Leaving Certificate Examination (including Day School Certificate (Higher) General paper), 1932
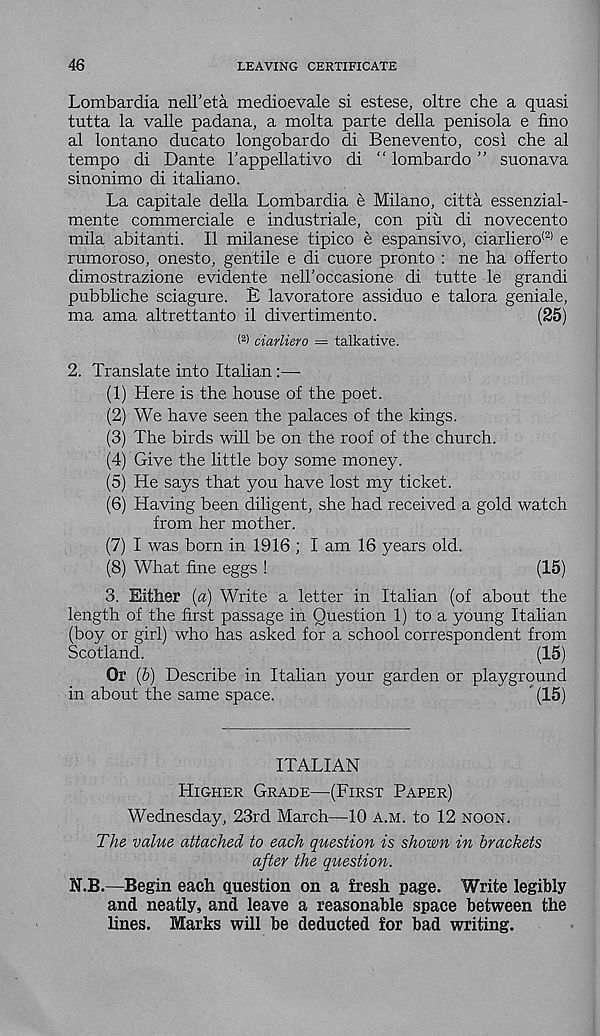
46
LEAVING CERTIFICATE
Lombardia nell’eta medioevale si estese, oltre che a quasi
tutta la valle padana, a molta parte della penisola e fino
al lontano ducato longobardo di Benevento, cosi che al
tempo di Dante 1’appellative di “ lombardo ” suonava
sinonimo di italiano.
La capitale della Lombardia e Milano, citta essenzial-
mente commerciale e industriale, con pin di novecento
mila abitanti. II milanese tipico e espansivo, ciarliero (2) e
rumoroso, onesto, gentile e di cuore pronto : ne ha offerto
dimostrazione evidente nelFoccasione di tutte le grandi
pubbliche sciagure. E lavoratore assiduo e talora geniale,
ma ama altrettanto il divertimento.
(25)
( 2 > ciarliero = talkative.
2. Translate into Italian :—-
(1) Here is the house of the poet.
(2) We have seen the palaces of the kings.
(3) The birds will be on the roof of the church.
(4) Give the little boy some money.
(5) He says that you have lost my ticket.
(6) Having been diligent, she had received a gold watch
from her mother.
(7) I was born in 1916 ; I am 16 years old.
(8) What fine eggs !
(15)
3. Either [a) Write a letter in Italian (of about the
length of the first passage in Question 1) to a young Italian
(boy or girl) who has asked for a school correspondent from
Scotland.
(15)
Or (&) Describe in Italian your garden or playground
in about the same space.
' (15)
ITALIAN
Higher Grade—(First Paper)
Wednesday, 23rd March—10 a.m. to 12 noon.
The value attached to each question is shown in brackets
after the question.
N.B.—Begin each question on a fresh page. Write legibly
and neatly, and leave a reasonable space between the
lines. Marks will be deducted for bad writing.